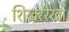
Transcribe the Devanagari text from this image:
शिखररेखा